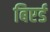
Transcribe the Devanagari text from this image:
बिएर्ड